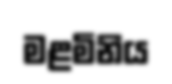
මළමිනිය